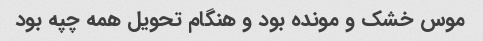
موس خشک و مونده بود و هنگام تحویل همه چپه بود